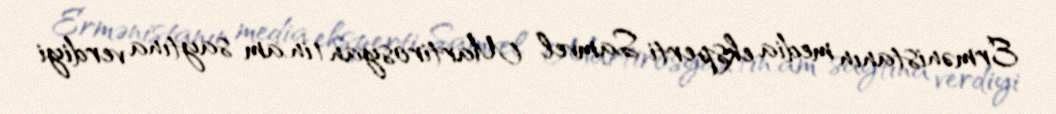
Ermənistanın media eksperti Samvel Martirosyan 1in.am saytına verdiyi